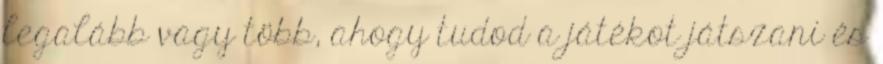
legalább vagy több, ahogy tudod a játékot játszani és